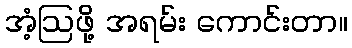
အံ့ဩဖို့ အရမ်း ကောင်းတာ။